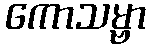
ကောသမ္ဗာ